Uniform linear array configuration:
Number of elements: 12
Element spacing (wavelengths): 0.75
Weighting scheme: kaiser
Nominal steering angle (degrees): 30
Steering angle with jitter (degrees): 28.476
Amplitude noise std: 0.05
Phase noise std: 0.05

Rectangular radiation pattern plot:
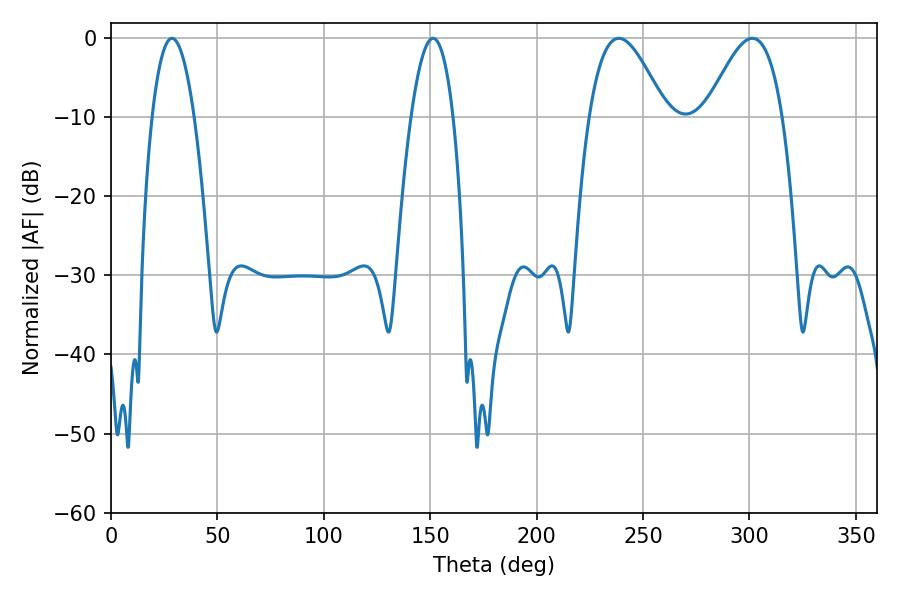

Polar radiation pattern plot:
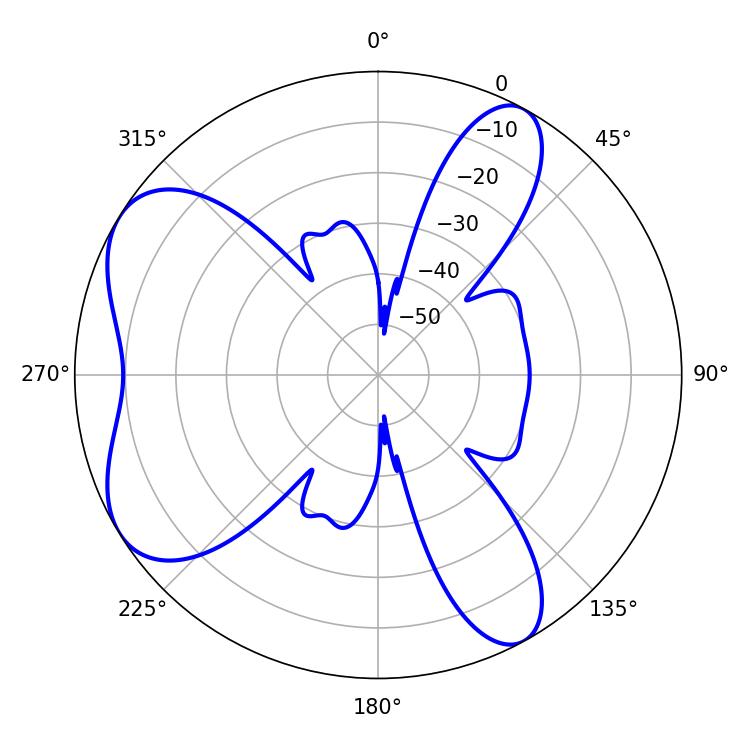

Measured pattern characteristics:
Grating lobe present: TRUE
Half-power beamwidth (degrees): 19.26
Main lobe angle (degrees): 238.68